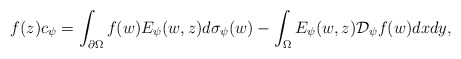
\begin{align*} f(z) c_{\psi} =\int_{\partial \Omega} f( w )E_{\psi}( w , z)d\sigma_{\psi}( w ) - \int_\Omega E_{\psi}( w ,z) {\mathcal D}_{\psi} f( w )dx d y,\end{align*}